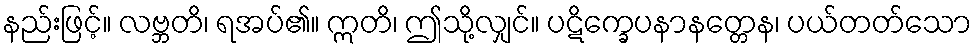
နည်းဖြင့်။ လဗ္ဘတိ၊ ရအပ်၏။ ဣတိ၊ ဤသို့လျှင်။ ပဋိက္ခေပနာနတ္တေန၊ ပယ်တတ်သော